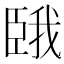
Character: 𫇇